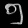
Digit: ၅